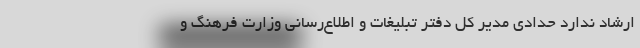
ارشاد ندارد حدادی مدیر کل دفتر تبلیغات و اطلاع‌رسانی وزارت فرهنگ و